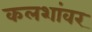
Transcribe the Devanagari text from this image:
कलशांवर